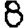
Digit: 8